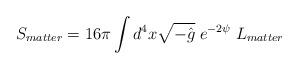
LaTeX: \begin{align*}S_{matter}=16\pi\int d^4x\sqrt{-\hat g}\;e^{-2\psi}\;L_{matter}\end{align*}